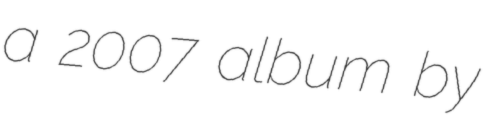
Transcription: a 2007 album by